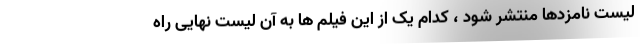
لیست نامزدها منتشر شود ، کدام یک از این فیلم ها به آن لیست نهایی راه